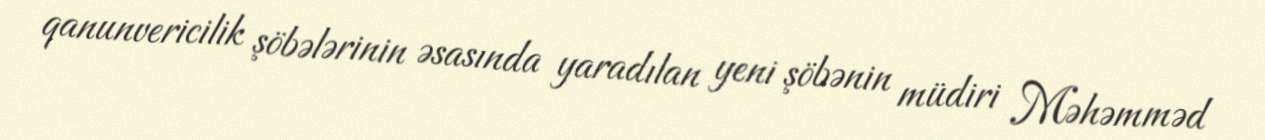
qanunvericilik şöbələrinin əsasında yaradılan yeni şöbənin müdiri Məhəmməd